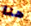
هنا